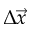
\Delta \vec { x }